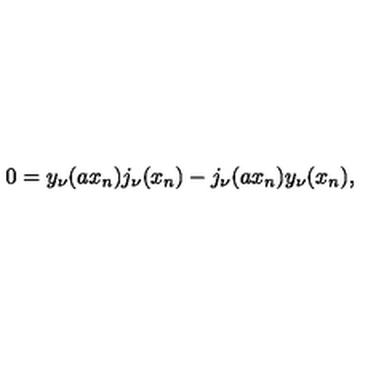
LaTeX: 0 = y _ { \nu } ( a x _ { n } ) j _ { \nu } ( x _ { n } ) - j _ { \nu } ( a x _ { n } ) y _ { \nu } ( x _ { n } ) ,